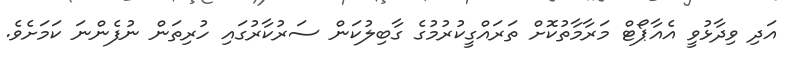
އަދި ވިދާޅުވީ އެއާޕޯޓް މަރާމާތުކޮށް ތަރައްގީކުރުމުގެ ގާބިލުކަން ސަރުކާރުގައި ހުރިތަން ނުފެންނަ ކަމަށެވެ.